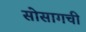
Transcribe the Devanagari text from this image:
सोसागची